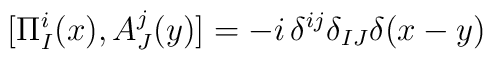
[\Pi^i_I(x),A^j_J(y)] = -i\,\delta^{ij}\delta_{IJ}\delta(x-y)